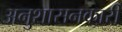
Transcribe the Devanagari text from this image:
अनुशासनकारी